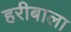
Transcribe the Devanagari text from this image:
हरीबाला